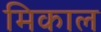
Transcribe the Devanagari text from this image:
मिकाल